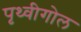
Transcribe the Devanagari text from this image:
पृथ्वीगोल